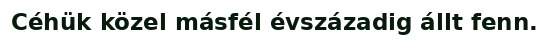
Céhük közel másfél évszázadig állt fenn.